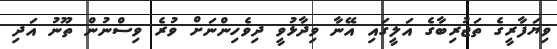
ވިޔަފާރީގެ ތަޖުރިބާގެ އަލީގައި އޭނާ ވިދާޅުވީ ދިވެހިންނަށް ވުރެ ވިސްނުން ތޫނު އަދި